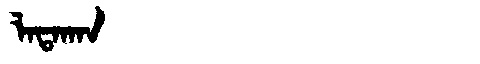
Manchu: ᠯᠠᡨᠠᡴᠠᠨ
Romanization: LATAKAN